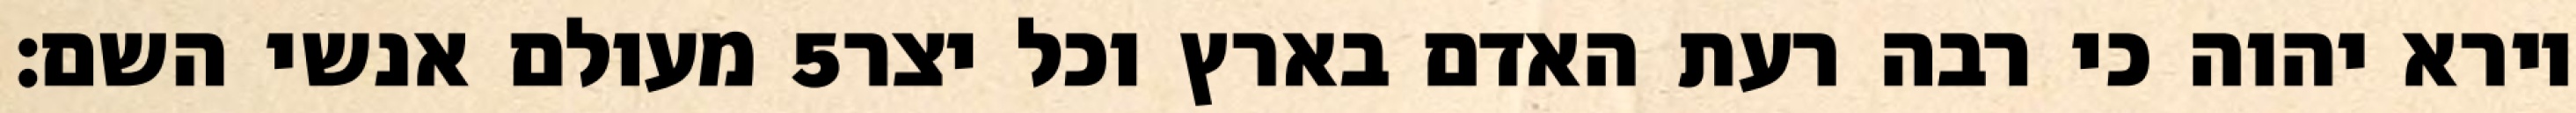
מעולם אנשי השם׃ ‎5‏ וירא יהוה כי רבה רעת האדם בארץ וכל יצר